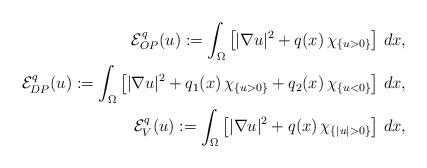
LaTeX: \begin{align*}\mathcal{E}^q_{OP}(u):=\int_\Omega \left[|\nabla u|^2+q(x)\,\chi_{\{u>0\}}\right]\,dx , \\\mathcal{E}^q_{DP}(u):=\int_\Omega \left[ |\nabla u|^2+q_1(x)\,\chi_{\{u>0\}}+q_2(x)\,\chi_{\{u<0\}}\right]\,dx , \\\mathcal{E}^q_{V}(u):=\int_\Omega \left[|\nabla u|^2+q(x)\,\chi_{\{|u|>0\}}\right]\,dx ,\end{align*}